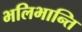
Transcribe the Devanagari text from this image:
भलिभान्ति